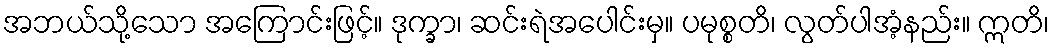
အဘယ်သို့သော အကြောင်းဖြင့်။ ဒုက္ခာ၊ ဆင်းရဲအပေါင်းမှ။ ပမုစ္စတိ၊ လွတ်ပါအံ့နည်း။ ဣတိ၊